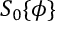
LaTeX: S _ { 0 } \{ \phi \}